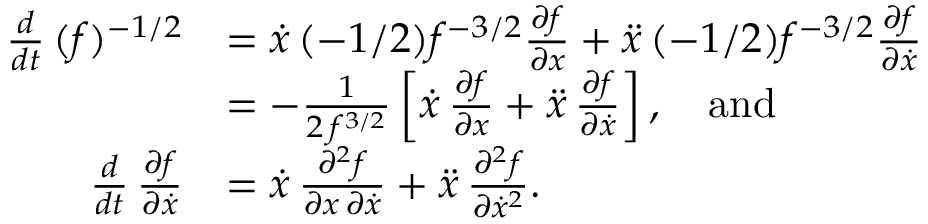
\begin{array} { r l } { \frac { d } { d t } \, ( f ) ^ { - 1 / 2 } } & { = \dot { x } \, ( - 1 / 2 ) f ^ { - 3 / 2 } \frac { \partial f } { \partial x } + \ddot { x } \, ( - 1 / 2 ) f ^ { - 3 / 2 } \frac { \partial f } { \partial \dot { x } } } \\ & { = - \frac { 1 } { 2 \, f ^ { 3 / 2 } } \left[ \dot { x } \, \frac { \partial f } { \partial x } + \ddot { x } \, \frac { \partial f } { \partial \dot { x } } \right] , \quad \mathrm { a n d } } \\ { \frac { d } { d t } \, \frac { \partial f } { \partial \dot { x } } } & { = \dot { x } \, \frac { \partial ^ { 2 } f } { \partial x \, \partial \dot { x } } + \ddot { x } \, \frac { \partial ^ { 2 } f } { \partial \dot { x } ^ { 2 } } . } \end{array}